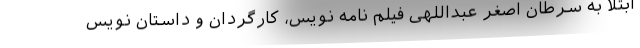
ابتلا به سرطان اصغر عبداللهی فیلم نامه نویس، کارگردان و داستان نویس